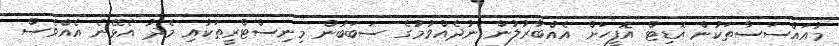
މުއައްސަސާތަކުން އޮޑިޓް އޮފީހަށް އެއްބާރުލުން ނުދެއްވުމުގެ ސަބަބުން މިނިސްޓްރީތަކާއި މެދު އެޅޭނެ އެއްވެސް